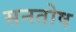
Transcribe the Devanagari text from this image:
सनतोष